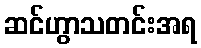
ဆင်ဟွာသတင်းအရ